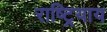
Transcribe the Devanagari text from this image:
राष्ट्रियाय